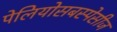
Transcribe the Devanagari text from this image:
पेलियोसबस्पेसीज